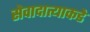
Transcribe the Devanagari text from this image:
सेवादात्याकडे